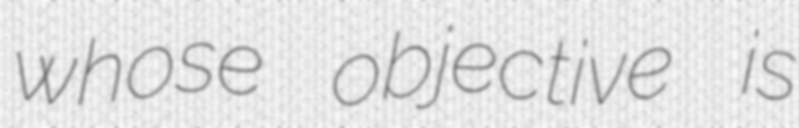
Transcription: whose objective is